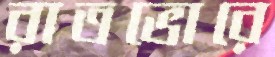
রাতভোরে